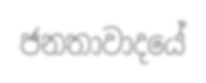
ජනතාවාදයේ